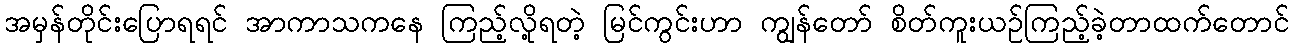
အမှန်တိုင်းပြောရရင် အာကာသကနေ ကြည့်လို့ရတဲ့ မြင်ကွင်းဟာ ကျွန်တော် စိတ်ကူးယဉ်ကြည့်ခဲ့တာထက်တောင်